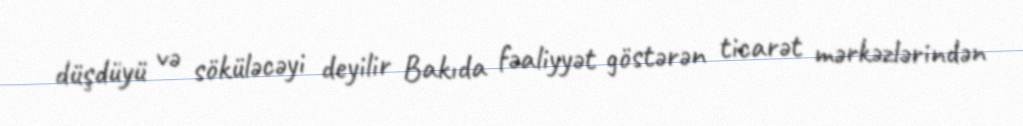
düşdüyü və söküləcəyi deyilir Bakıda fəaliyyət göstərən ticarət mərkəzlərindən